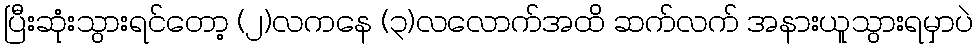
ပြီးဆုံးသွားရင်တော့ (၂)လကနေ (၃)လလောက်အထိ ဆက်လက် အနားယူသွားရမှာပဲ